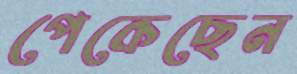
পেকেছেন